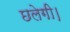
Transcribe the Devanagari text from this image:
छलेगी।